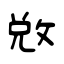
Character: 敚